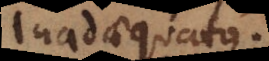
inadaequatus.